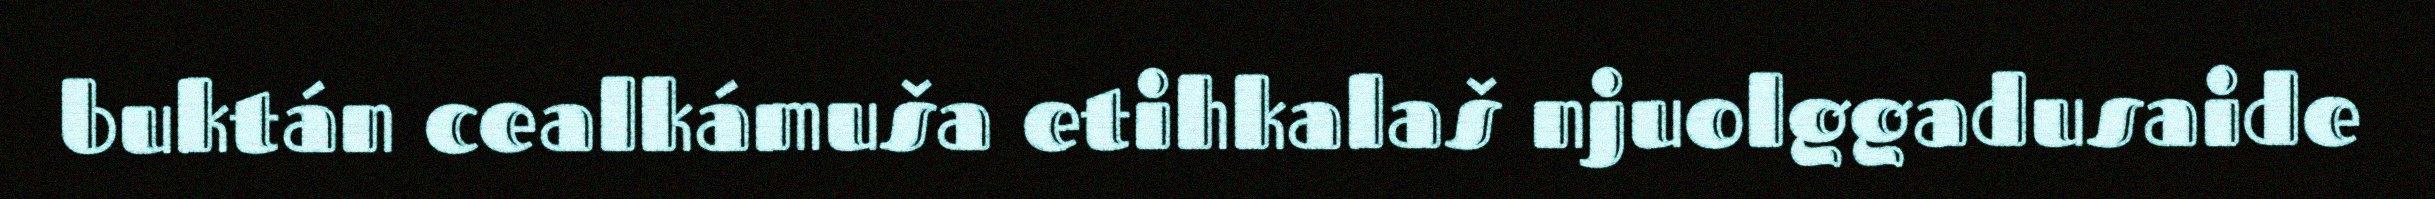
buktán cealkámuša etihkalaš njuolggadusaide